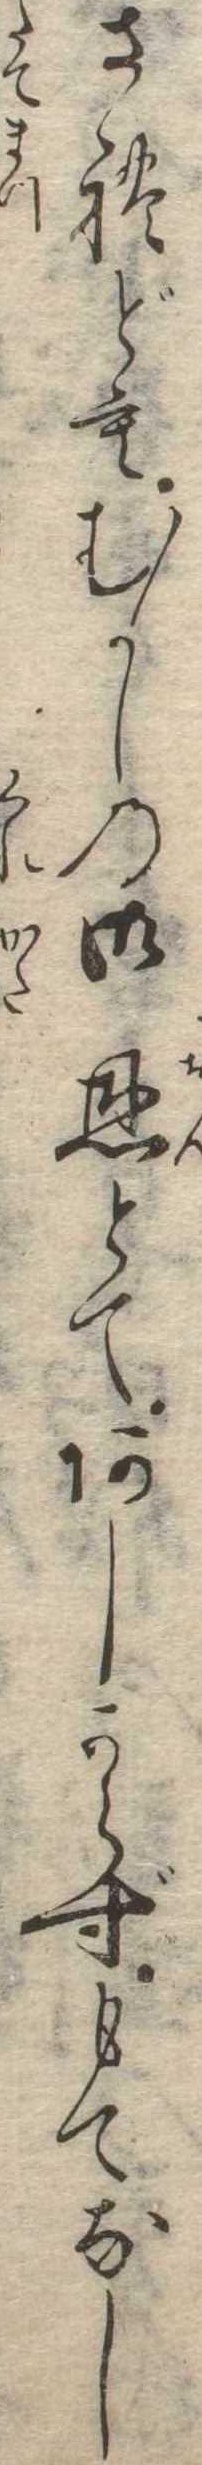
されどもむかしの御恩とてあしからずもてなし